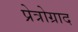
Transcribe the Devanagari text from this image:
प्रेत्रोग्राद